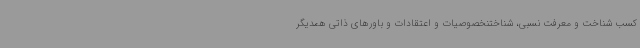
کسب شناخت و معرفت نسبی، شناختنخصوصیات و اعتقادات و باورهای ذاتی همدیگر